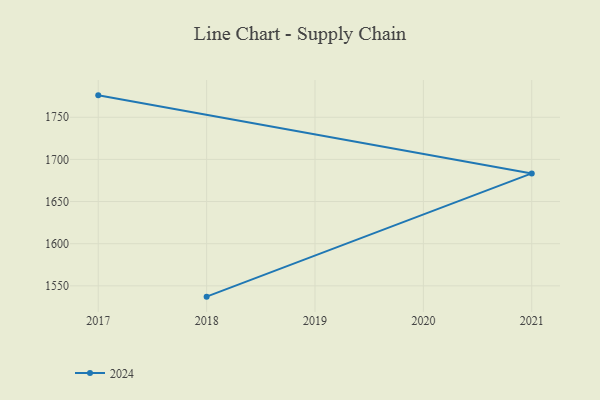
{"axis": {"x": "Year", "y": "Satisfaction Score"}, "legend": ["2024"], "data": [{"x": "2017", "y": 1776.0, "type": "2024"}, {"x": "2021", "y": 1683.4, "type": "2024"}, {"x": "2018", "y": 1537.2, "type": "2024"}]}